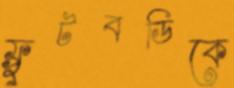
ফ্রুটবডিকে